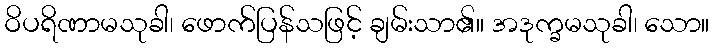
ဝိပရိဏာမသုခါ၊ ဖောက်ပြန်သဖြင့် ချမ်းသာ၏။ အဒုက္ခမသုခါ၊ သော။